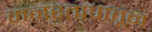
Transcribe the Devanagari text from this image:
मनस्तापातून